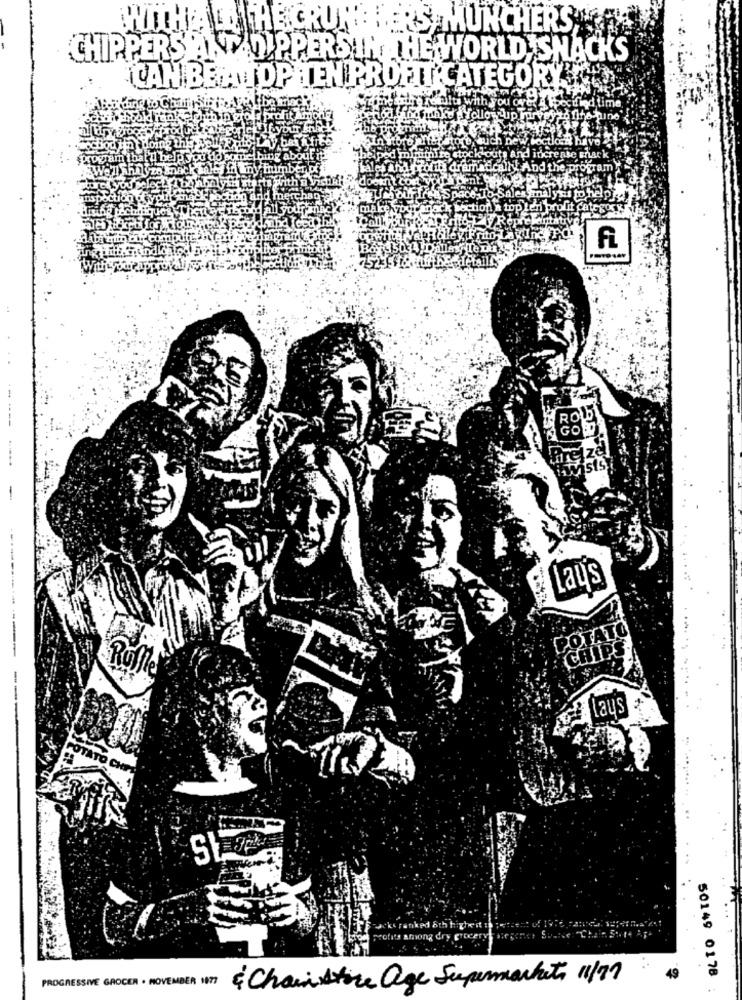
`WITH ALD I HE CRUNCHERSAM
NCHERS;
CHIPPERS ANDOUPPERS IN THE WORLD SNACKS
CAN BE A IDP TEN PROFIT CATEGORY ?
hack
--
twists
Lay's
--------------
Rufte
---
Lays
" among
PROGRESSIVE GROCER . NOVEMBER 1977
& Chaiistice age Supermarkets 11/97
49
50149 0178